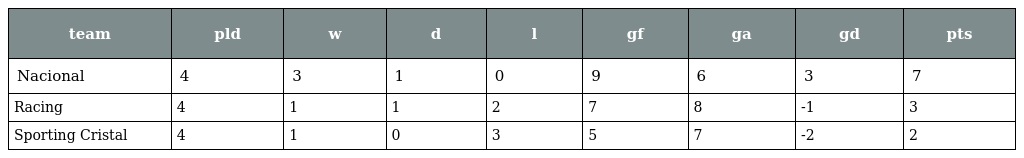
| team | pld | w | d | l | gf | ga | gd | pts |
 | --- | --- | --- | --- | --- | --- | --- | --- | --- |
 | Nacional | 4 | 3 | 1 | 0 | 9 | 6 | 3 | 7 |
 | Racing | 4 | 1 | 1 | 2 | 7 | 8 | -1 | 3 |
 | Sporting Cristal | 4 | 1 | 0 | 3 | 5 | 7 | -2 | 2 |